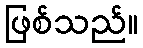
ဖြစ်သည်။